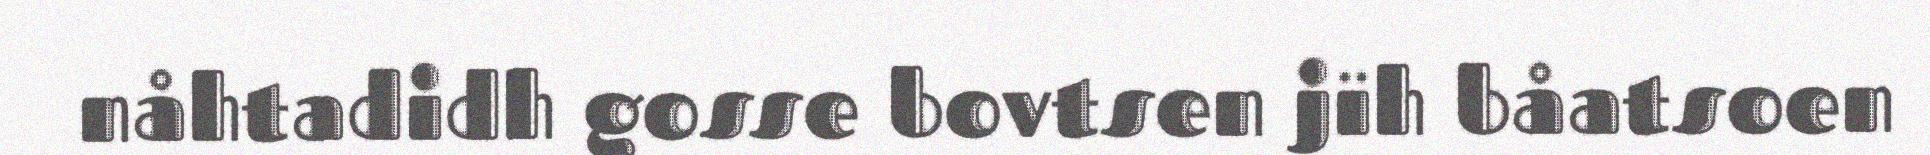
nåhtadidh gosse bovtsen jïh båatsoen